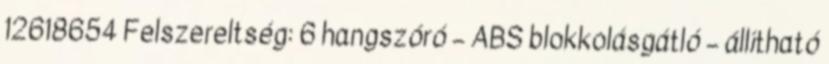
12618654 Felszereltség: 6 hangszóró – ABS blokkolásgátló – állítható